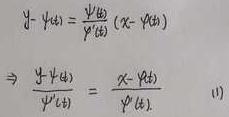
\[
\begin{align*}
y - \psi(t_0) &= \frac{\psi'(t_0)}{\varphi'(t_0)}(x - \varphi(t_0))\\
\Rightarrow \frac{y - \psi(t_0)}{\psi'(t_0)} &= \frac{x - \varphi(t_0)}{\varphi'(t_0)} \quad (1)
\end{align*}
\]